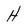
Character: H